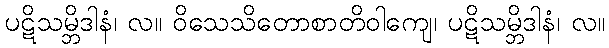
ပဋိသမ္ဘိဒါနံ၊ လ။ ဝိသေသိတောစာတိဝါကျေ၊ ပဋိသမ္ဘိဒါနံ၊ လ။